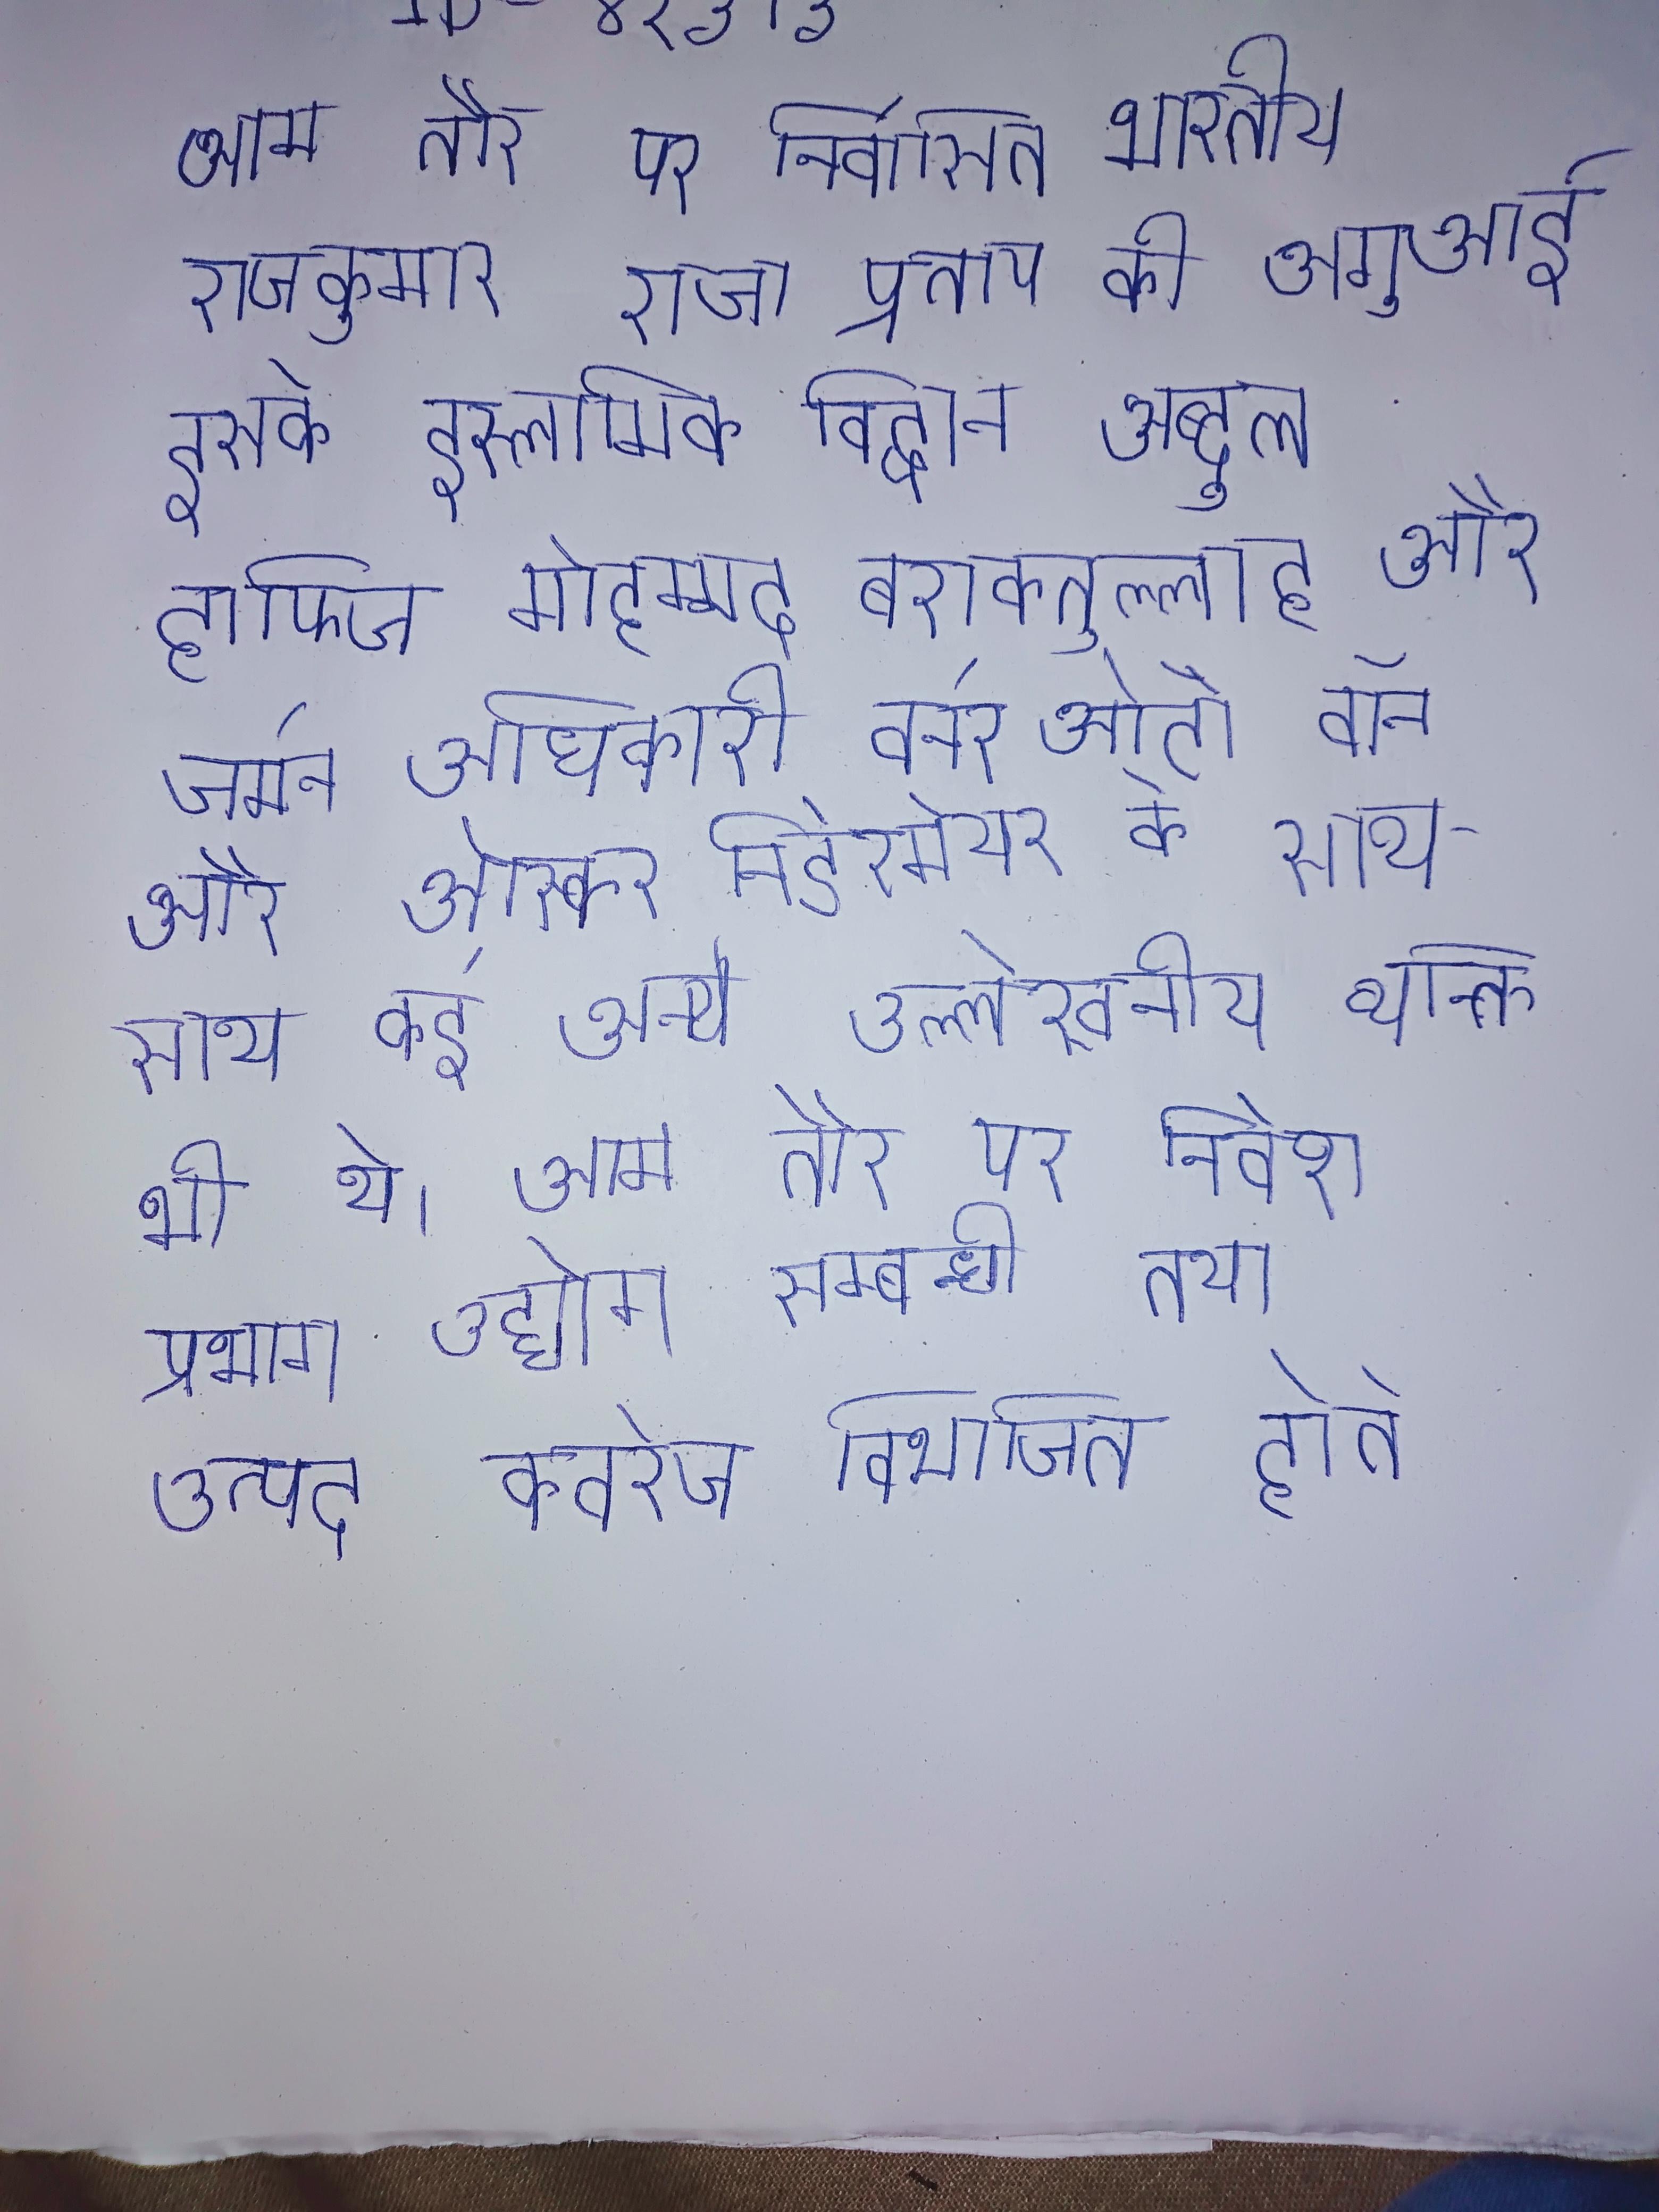
आम तौर पर निर्वासित भारतीय राजकुमार राजा प्रताप की अगुआई इसके इस्लामिक विद्वान अब्दुल हाफिज मोहम्मद बराकतुल्लाह और जर्मन अधिकारी वर्नर ओटो वॉन और ओस्कर निडेरमेयर के साथ-साथ कई अन्य उल्लेखनीय व्यक्ति भी थे । आम तौर पर निवेश प्रभाग उद्योग सम्बन्धी तथा उत्पाद कवरेज विभाजित होते ।